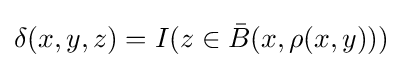
\delta (x,y,z)=I(z\in {\bar {B}}(x,\rho (x,y)))